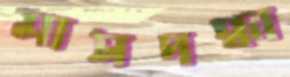
মাসদগ্ধা